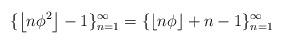
LaTeX: \begin{align*} \{ \left\lfloor n \phi^2 \right\rfloor -1 \}_{n=1}^{\infty} = \{ \left\lfloor n \phi \right\rfloor +n -1 \}_{n=1}^{\infty}\end{align*}